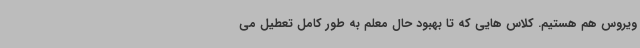
ویروس هم هستیم. کلاس هایی که تا بهبود حال معلم به طور کامل تعطیل می